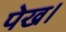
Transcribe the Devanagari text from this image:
पेख।